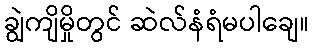
ချွဲကျိမှိုတွင် ဆဲလ်နံရံမပါချေ။